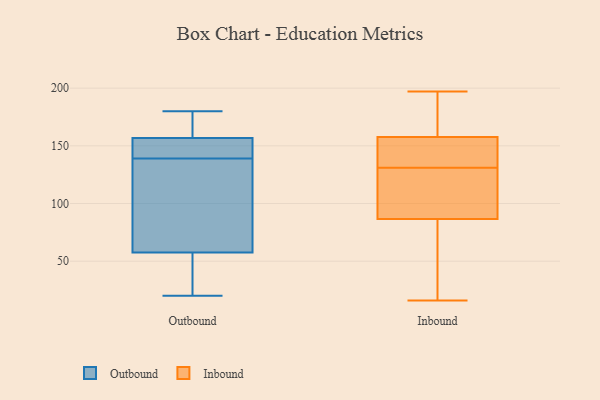
{"axis": {"x": "Churn Rate (%)", "y": "Value"}, "legend": ["Inbound", "Outbound"], "data": [{"x": "", "y": 159, "type": "Outbound"}, {"x": "", "y": 156, "type": "Outbound"}, {"x": "", "y": 139, "type": "Outbound"}, {"x": "", "y": 180, "type": "Outbound"}, {"x": "", "y": 120, "type": "Outbound"}, {"x": "", "y": 146, "type": "Outbound"}, {"x": "", "y": 62, "type": "Outbound"}, {"x": "", "y": 44, "type": "Outbound"}, {"x": "", "y": 66, "type": "Outbound"}, {"x": "", "y": 175, "type": "Outbound"}, {"x": "", "y": 148, "type": "Outbound"}, {"x": "", "y": 20, "type": "Outbound"}, {"x": "", "y": 29, "type": "Outbound"}, {"x": "", "y": 148, "type": "Inbound"}, {"x": "", "y": 157, "type": "Inbound"}, {"x": "", "y": 20, "type": "Inbound"}, {"x": "", "y": 197, "type": "Inbound"}, {"x": "", "y": 64, "type": "Inbound"}, {"x": "", "y": 101, "type": "Inbound"}, {"x": "", "y": 131, "type": "Inbound"}, {"x": "", "y": 31, "type": "Inbound"}, {"x": "", "y": 153, "type": "Inbound"}, {"x": "", "y": 160, "type": "Inbound"}, {"x": "", "y": 104, "type": "Inbound"}, {"x": "", "y": 193, "type": "Inbound"}, {"x": "", "y": 85, "type": "Inbound"}, {"x": "", "y": 16, "type": "Inbound"}, {"x": "", "y": 158, "type": "Inbound"}, {"x": "", "y": 91, "type": "Inbound"}, {"x": "", "y": 137, "type": "Inbound"}, {"x": "", "y": 168, "type": "Inbound"}, {"x": "", "y": 127, "type": "Inbound"}]}